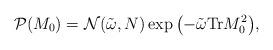
LaTeX: \begin{align*}{\cal P}(M_0)={\cal N}(\tilde\omega,N)\exp{\left(-{\tilde\omega}\mathrm{Tr}M_0^2\right)},\end{align*}